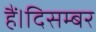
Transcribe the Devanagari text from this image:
हैं।दिसम्बर